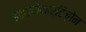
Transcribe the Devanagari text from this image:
हाइड्रोकार्टिज़ोन